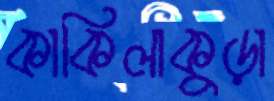
কাকিলাকুড়া